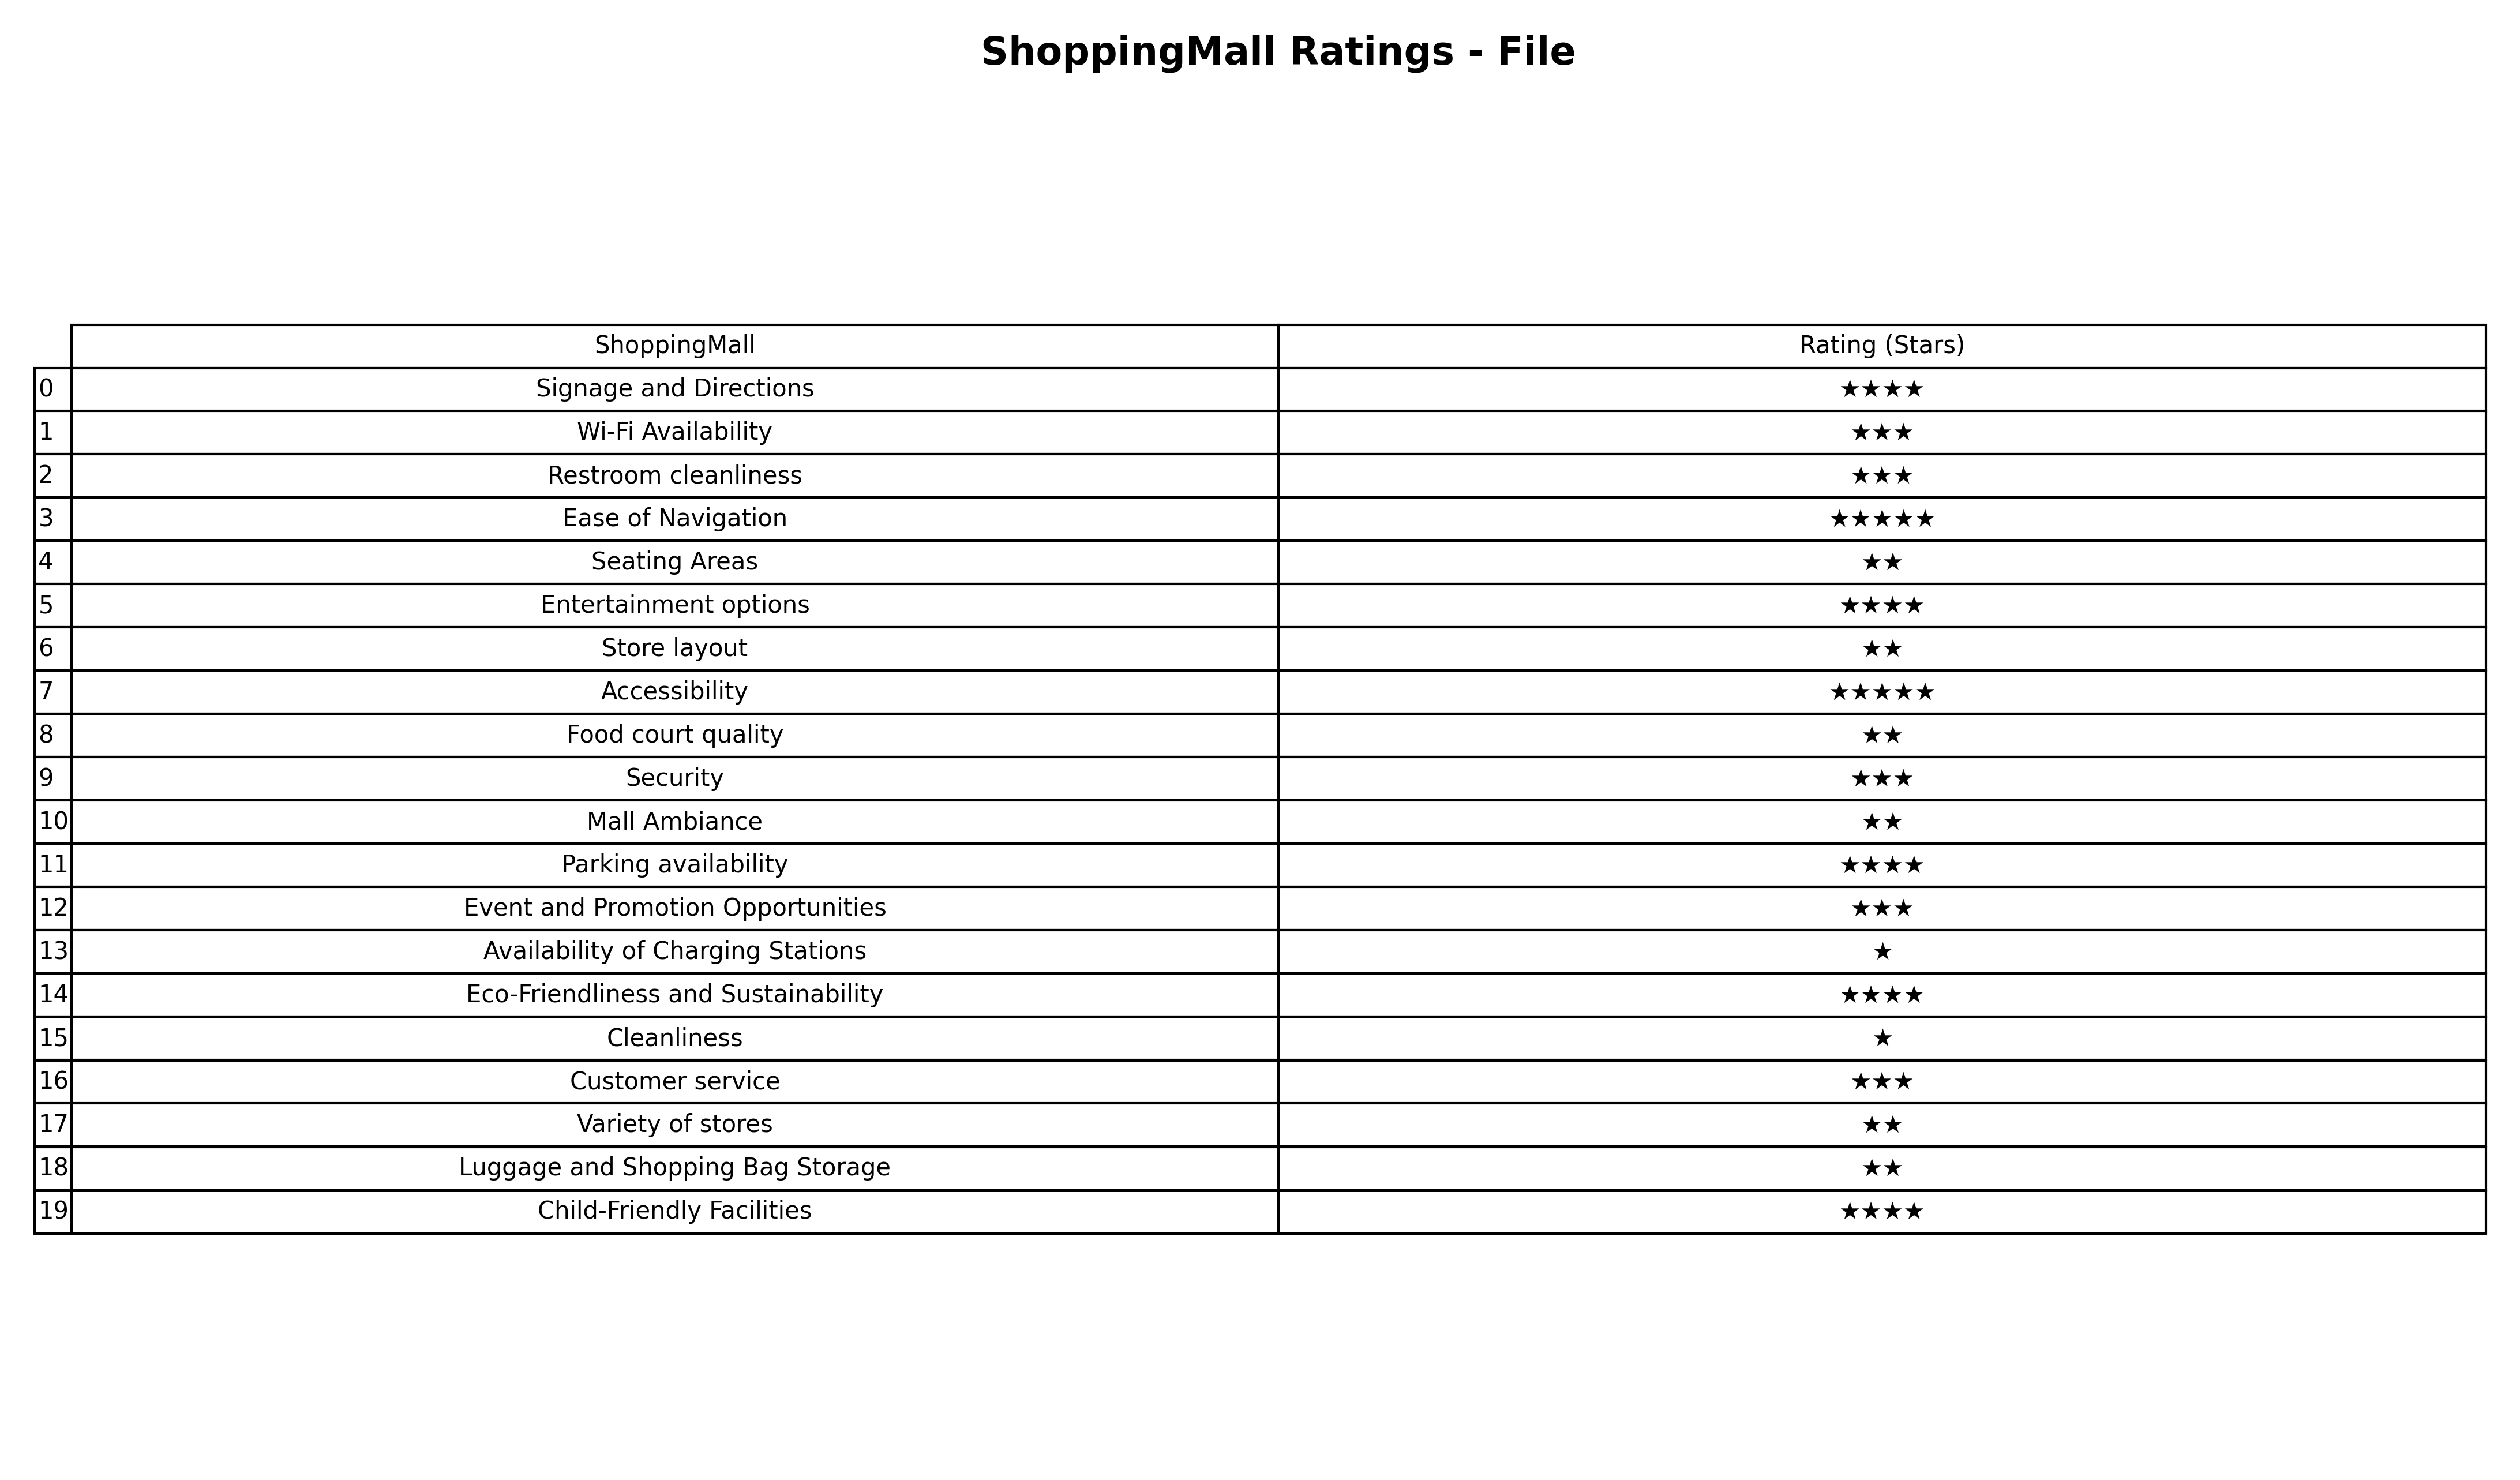
question: Which services are rated average?
answer: Wi-Fi AvailabilityRestroom cleanlinessSecurityEvent and Promotion OpportunitiesCustomer service